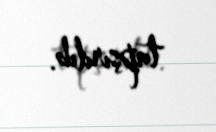
tapşırılıb.